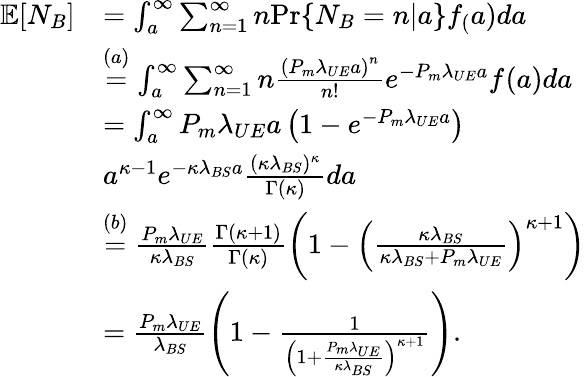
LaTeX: \begin{array}{rl}{\mathbb{E}[N_{B}]}&{=\int_{a}^{\infty}\sum_{n=1}^{\infty}{n}\mathrm{{Pr}}\{ N_{B}=n|a\} f_(a)da}\\ &{\stackrel{{(a)}}{=}\int_{a}^{\infty}\sum_{n=1}^{\infty}{n}\frac{\left(P_{m}\lambda_{UE}a\right)^{n}}{n!}e^{-P_{m}\lambda_{UE}a}f_{}(a)da}\\ &{=\int_{a}^{\infty}{P_{m}\lambda_{UE}a}\left(1-e^{-P_{m}\lambda_{UE}a}\right)}\\ &{a^{\kappa-1}e^{-\kappa\lambda_{BS}a}\frac{(\kappa\lambda_{BS})^{\kappa}}{\Gamma(\kappa)}da}\\ &{\stackrel{{(b)}}{=}\frac{P_{m}\lambda_{UE}}{\kappa\lambda_{BS}}\frac{\Gamma(\kappa+1)}{\Gamma(\kappa)}\left(1-\left(\frac{\kappa\lambda_{BS}}{\kappa\lambda_{BS}+P_{m}\lambda_{UE}}\right)^{\kappa+1}\right)}\\ &{=\frac{P_{m}\lambda_{UE}}{\lambda_{BS}}\left(1-\frac{1}{\left(1+\frac{P_{m}\lambda_{UE}}{\kappa\lambda_{BS}}\right)^{\kappa+1}}\right).}\end{array}